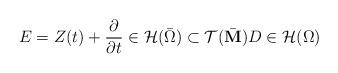
LaTeX: \begin{align*} E=Z(t)+\frac{\partial}{\partial t}\in\mathcal H(\bar\Omega)\subset\mathcal T(\bar{\mathbf M}) D\in\mathcal H(\Omega)\end{align*}